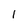
Character: l